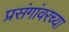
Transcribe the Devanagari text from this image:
प्रसंगांवरच्या